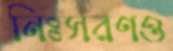
নিঃসরণও